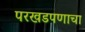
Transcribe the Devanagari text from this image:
परखडपणाचा